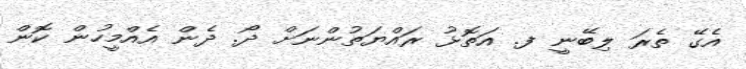
އެގޭ ތެރަ ލިބޭނީ ފ. އަތޮޅު ރައްޔަތުންނަށް ދޯ. ދެން އެއްމީހުން ކޮން